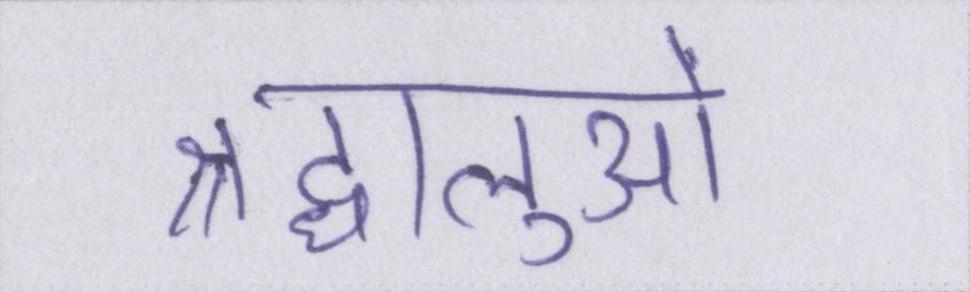
श्रद्धालुओं